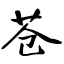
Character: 苍